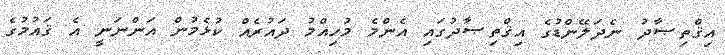
އިޤްތިޞާދު ނެދަލޭންޑުގެ އިޤްތިޞާދުގައި އެންމެ މުހިއްމު ދައުރެއް ކުޅެމުން އަންނަނީ އެ ޤައުމުގެ